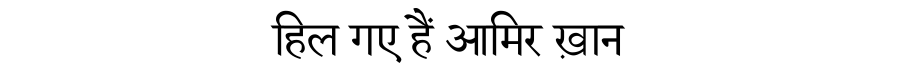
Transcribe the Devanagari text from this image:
हिल गए हैं आमिर ख़ान